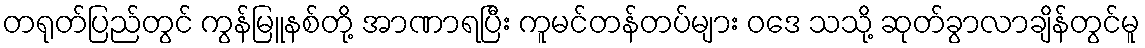
တရုတ်ပြည်တွင် ကွန်မြူနစ်တို့ အာဏာရပြီး ကူမင်တန်တပ်များ ဝဒေ သသို့ ဆုတ်ခွာလာချိန်တွင်မူ